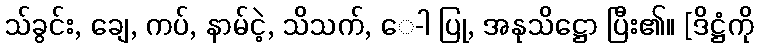
သ်ခွင်း, ချေ, ကပ်, နာမ်ငဲ့, သိသက်, ေ-ါ ပြု, အနုသိဋ္ဌော ပြီး၏။ [ဒိဋ္ဌံကို